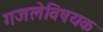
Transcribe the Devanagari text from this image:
गजलेविषयक